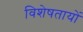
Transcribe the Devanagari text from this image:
विशेषतायों